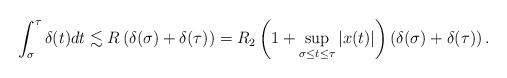
LaTeX: \begin{align*}\int_\sigma^\tau \delta(t) dt \lesssim R \left(\delta(\sigma)+ \delta(\tau)\right) = R_2\left( 1+ \sup_{\sigma\le t \le \tau} |x(t)| \right) \left( \delta(\sigma) + \delta(\tau) \right).\end{align*}